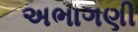
અભાગણી